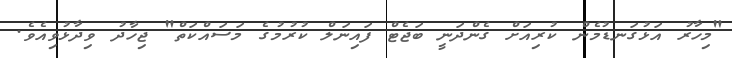
"މިހާރު އަޅުގަނޑުމެން ކުރިއަށް ގެންދަނީ ބަޖެޓް ފައިނަލް ކުރުމުގެ މަސައްކަތް" ޖިހާދު ވިދާޅުވިއެވެ.